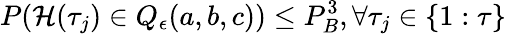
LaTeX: P(\mathcal{H}(\tau_{j})\in Q_{\epsilon}(a,b,c))\leq P_{B}^{3},\forall\tau_{j}\in\{ 1:\tau\}